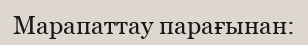
Марапаттау парағынан: